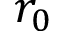
r _ { 0 }